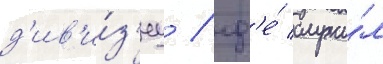
д'ив'и́з'иу / гд'е́ служи́л